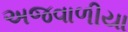
અજવાળીયા